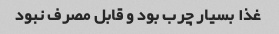
غذا بسیار چرب بود و قابل مصرف نبود